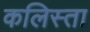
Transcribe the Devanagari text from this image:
कलिस्ता